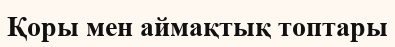
Қоры мен аймақтық топтары